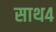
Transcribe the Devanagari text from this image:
साथ४